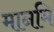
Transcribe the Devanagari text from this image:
मानमि